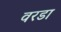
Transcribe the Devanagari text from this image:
वरडा